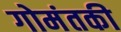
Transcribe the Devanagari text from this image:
गोमंतकी